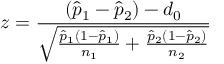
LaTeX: z = { \frac { ( { \hat { p } } _ { 1 } - { \hat { p } } _ { 2 } ) - d _ { 0 } } { \sqrt { { \frac { { \hat { p } } _ { 1 } ( 1 - { \hat { p } } _ { 1 } ) } { n _ { 1 } } } + { \frac { { \hat { p } } _ { 2 } ( 1 - { \hat { p } } _ { 2 } ) } { n _ { 2 } } } } } }